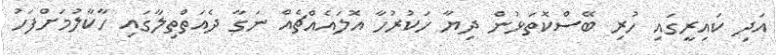
އަދި ކައިރީގައި ހުރި ބޭސްކޮތަޅުން ދިޔާ ހަކުރުހާ އޮލައެއްޗެއް ނަގާ ދެއަތްތިލާގައި ހާކާލުމަށްފަހު